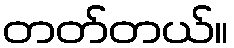
တတ်တယ်။